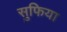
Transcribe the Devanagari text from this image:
सुफिया